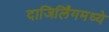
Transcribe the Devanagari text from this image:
दाजिर्लिंगमध्ये